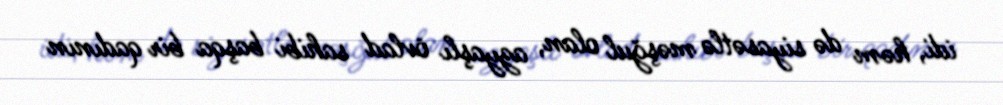
idi, həm də siyasətlə məşğul olan, azyaşlı övlad sahibi başqa bir qadının